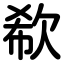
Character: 欷